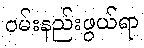
ဝမ်းနည်းဖွယ်ရာ